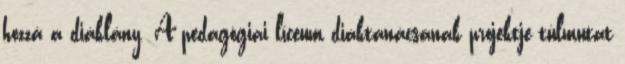
hozzá a diáklány. A pedagógiai líceum diáktanácsának projektje túlmutat